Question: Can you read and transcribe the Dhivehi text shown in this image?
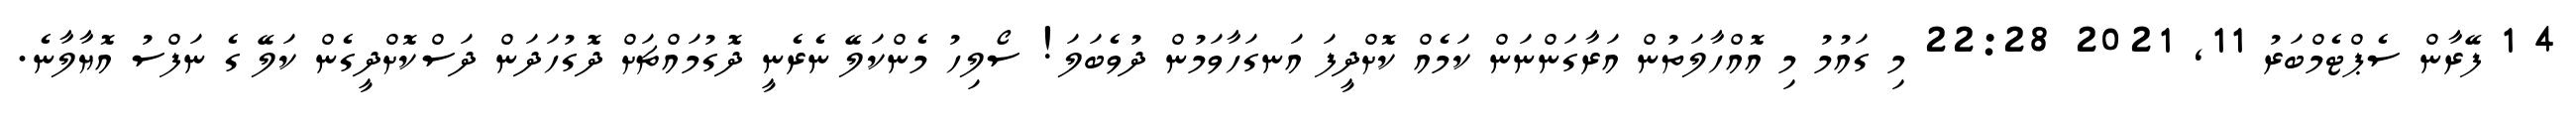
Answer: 4 1 ފޭރާން ސެޕްޓެމްބަރު 11, 2021 22:28 މި ގައުމު މި އޮއްހާލަތުން އަރާގަންނަން ކަމެއް ކޮށްދީފަ އަނގަހާވަމުން ދުވެބަލަ! ސޯލިހު މެންކަލޭ ނެރެނީ ދޮގުމައްޗަށް ދޮގުހަދަން ދަސްކޮށްދީގެން ކަލޭ ގެ ނަފްސު އޮޔާލާނެ.